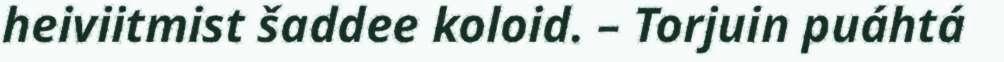
heiviitmist šaddee koloid. – Torjuin puáhtá